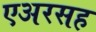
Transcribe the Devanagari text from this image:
एअरसह